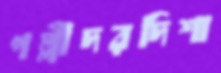
পল্লীদরদিশা